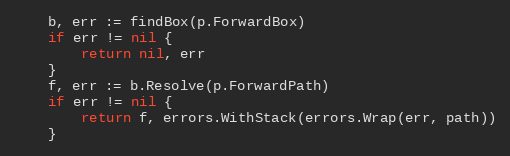
Language: Go
	b, err := findBox(p.ForwardBox)
	if err != nil {
		return nil, err
	}
	f, err := b.Resolve(p.ForwardPath)
	if err != nil {
		return f, errors.WithStack(errors.Wrap(err, path))
	}